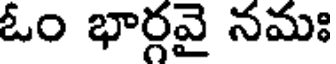
ఓం భార్గవై నమః